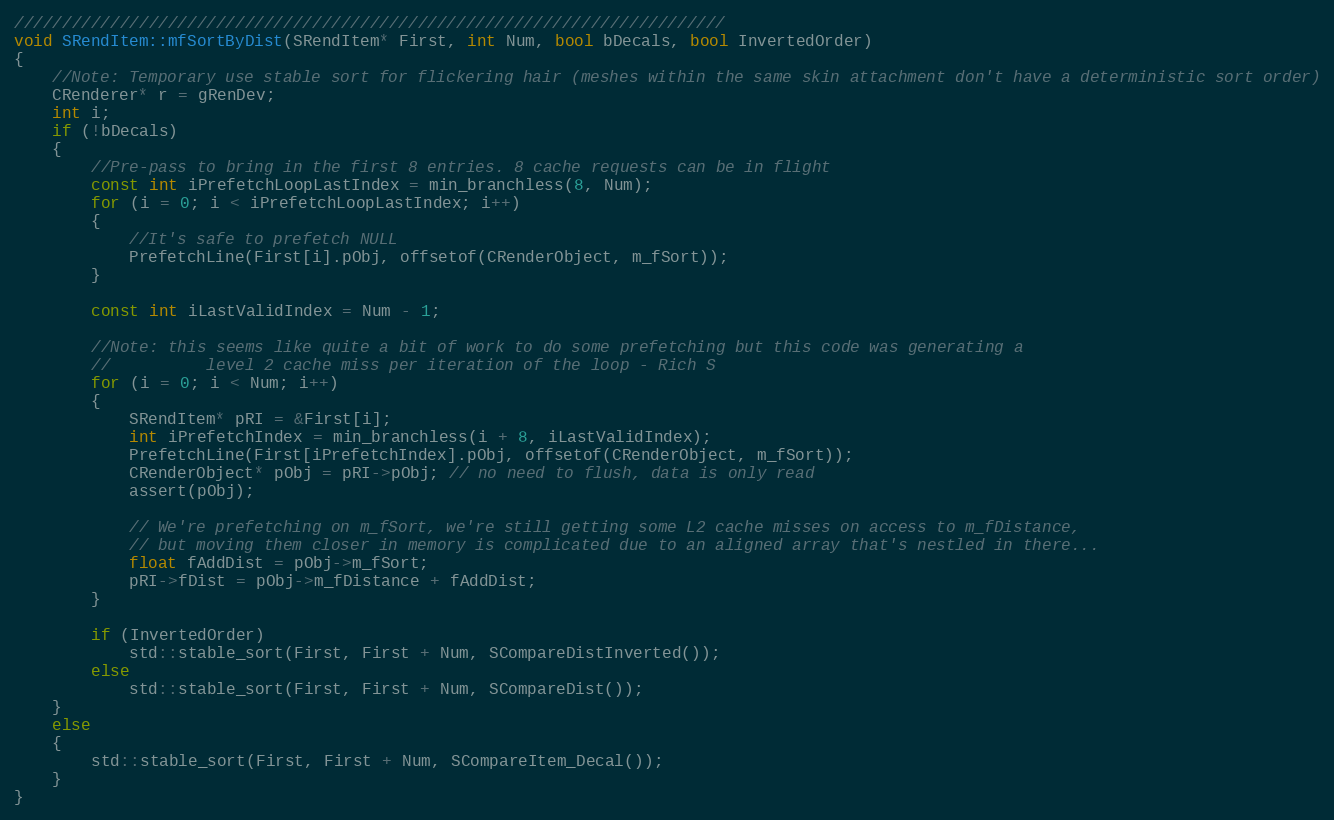
Language: C++
//////////////////////////////////////////////////////////////////////////
void SRendItem::mfSortByDist(SRendItem* First, int Num, bool bDecals, bool InvertedOrder)
{
	//Note: Temporary use stable sort for flickering hair (meshes within the same skin attachment don't have a deterministic sort order)
	CRenderer* r = gRenDev;
	int i;
	if (!bDecals)
	{
		//Pre-pass to bring in the first 8 entries. 8 cache requests can be in flight
		const int iPrefetchLoopLastIndex = min_branchless(8, Num);
		for (i = 0; i < iPrefetchLoopLastIndex; i++)
		{
			//It's safe to prefetch NULL
			PrefetchLine(First[i].pObj, offsetof(CRenderObject, m_fSort));
		}

		const int iLastValidIndex = Num - 1;

		//Note: this seems like quite a bit of work to do some prefetching but this code was generating a
		//			level 2 cache miss per iteration of the loop - Rich S
		for (i = 0; i < Num; i++)
		{
			SRendItem* pRI = &First[i];
			int iPrefetchIndex = min_branchless(i + 8, iLastValidIndex);
			PrefetchLine(First[iPrefetchIndex].pObj, offsetof(CRenderObject, m_fSort));
			CRenderObject* pObj = pRI->pObj; // no need to flush, data is only read
			assert(pObj);

			// We're prefetching on m_fSort, we're still getting some L2 cache misses on access to m_fDistance,
			// but moving them closer in memory is complicated due to an aligned array that's nestled in there...
			float fAddDist = pObj->m_fSort;
			pRI->fDist = pObj->m_fDistance + fAddDist;
		}

		if (InvertedOrder)
			std::stable_sort(First, First + Num, SCompareDistInverted());
		else
			std::stable_sort(First, First + Num, SCompareDist());
	}
	else
	{
		std::stable_sort(First, First + Num, SCompareItem_Decal());
	}
}